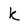
Character: k